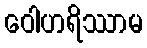
ဝေါဟရိဿာမ